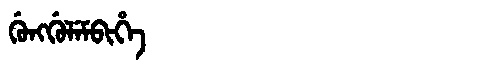
Manchu: ᡤᡠᠩᡤᡠᠯᡝᠮᠪᡳᡥᡝ
Romanization: GUNGGULEMBIHE